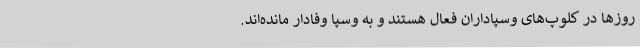
روز‌ها در کلوپ‌های وسپاداران فعال هستند و به وسپا وفادار مانده‌اند.